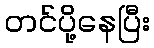
တင်ပို့နေပြီး